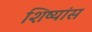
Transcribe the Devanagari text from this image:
शिष्यांस